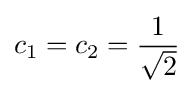
c_{1}=c_{2}={\frac {1}{\sqrt {2}}}